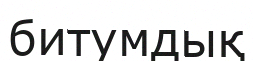
битумдық